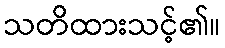
သတိထားသင့်၏။